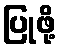
ပြုဖို့